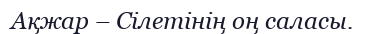
Ақжар – Сілетінің оң саласы.